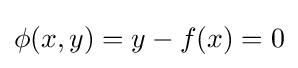
\phi (x,y)=y-f(x)=0